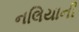
નલિયાની